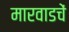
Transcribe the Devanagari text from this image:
मारवाडचें